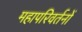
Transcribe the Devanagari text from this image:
महापरिवर्तनों